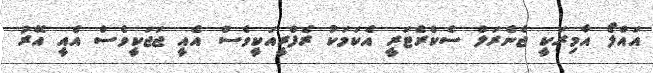
އައްލޯ އާމިރަކީ ޖެނެރަލް ސެކްރެޓަރީ އެކަމަކު ރެފްރީއަކީވެސް އެއީ ޖަޖަކީވެސް އެއީ އޭރު